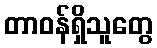
တာဝန်ရှိသူတွေ